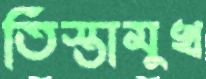
তিস্তামুখ